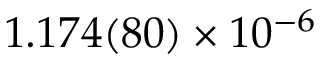
1 . 1 7 4 ( 8 0 ) \times 1 0 ^ { - 6 }